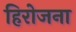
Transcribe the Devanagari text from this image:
हिरोजना